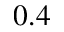
0 . 4